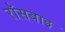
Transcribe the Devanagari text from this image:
रॉसबाइ